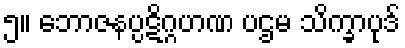
၅။ ဘောဇနပ္ပဋိဂ္ဂဟဏ ပဌမ သိက္ခာပုဒ်